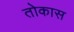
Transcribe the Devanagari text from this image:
तोकास